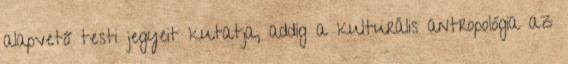
alapvető testi jegyeit kutatja, addig a kulturális antropológia az